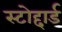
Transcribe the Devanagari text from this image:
स्टोद्दार्ड